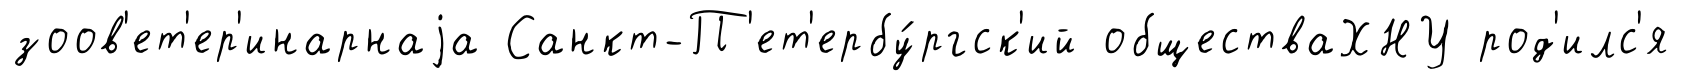
зоов'ет'ер'инарнаjа Санкт-П'ет'ербу́ргск'ий обществаХНУ род'илс'я